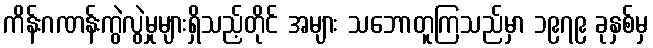
ကိန်းဂဏန်းကွဲလွဲမှုများရှိသည့်တိုင် အများ သဘောတူကြသည်မှာ ၁၉၇၉ ခုနှစ်မှ